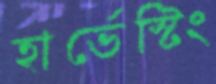
হার্ভেস্টিং